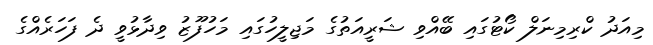
މިއަދު ކްރިމިނަލް ކޯޓުގައި ބޭއްވި ޝަރީއަތުގެ މަޖިލީހުގައި މަހުފޫޒު ވިދާޅުވީ ދެ ފަހަރެއްގެ